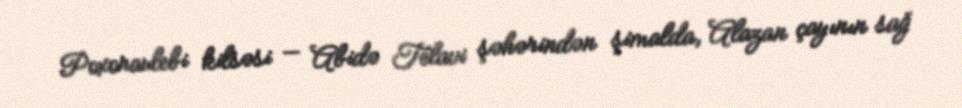
Poxoraulebi kilsəsi — Abidə Telavi şəhərindən şimalda, Alazan çayının sağ